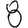
Digit: 8